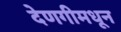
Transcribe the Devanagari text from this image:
देणगीमधून